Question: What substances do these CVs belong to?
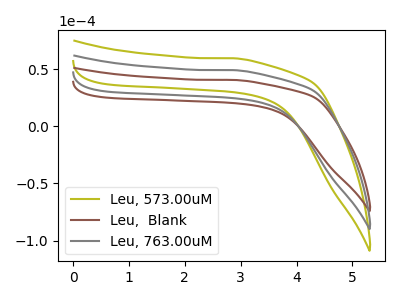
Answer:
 <answer>The olive curve is labeled "Leu, 573.00uM". The brown curve is labeled "Leu,  Blank". The gray curve is labeled "Leu, 763.00uM".</answer>
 <eval></eval>